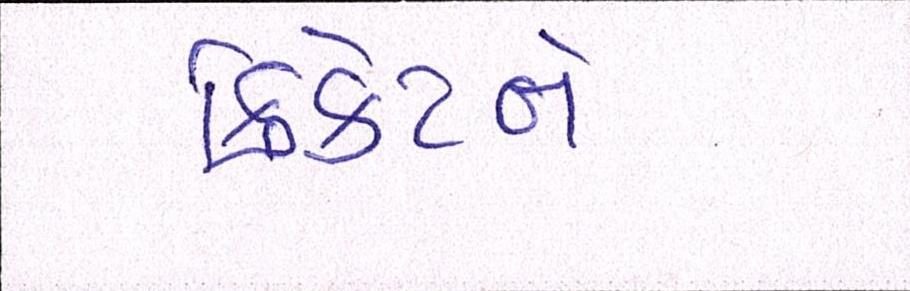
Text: ક્રિકેટને